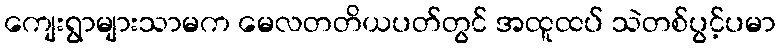
ကျေးရွာများသာမက မေလတတိယပတ်တွင် အထူထပ် သဲတစ်ပွင့်ပမာ